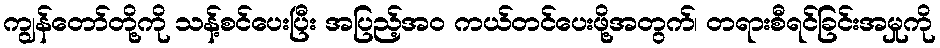
ကျွန်တော်တို့ကို သန့်စင်ပေးပြီး အပြည့်အဝ ကယ်တင်ပေးဖို့အတွက်၊ တရားစီရင်ခြင်းအမှုကို